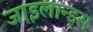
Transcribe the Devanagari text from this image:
जाइलान्ड्स